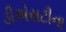
ડીએસટીના